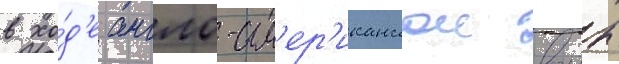
в хо́д'е англо-ам'ер'иканскои воины